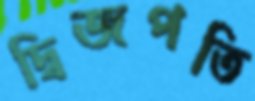
দ্বিজপতি